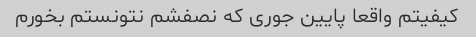
کیفیتم واقعا پایین جوری که نصفشم نتونستم بخورم